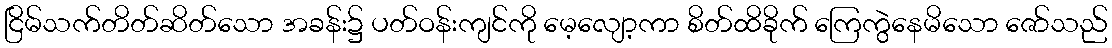
ငြိမ်သက်တိတ်ဆိတ်သော အခန်း၌ ပတ်ဝန်းကျင်ကို မေ့လျော့ကာ စိတ်ထိခိုက် ကြေကွဲနေမိသော ဇော်သည်